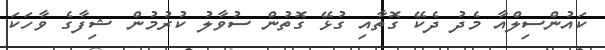
ކައުންސިލްއާ މެދު ދެކޭ ގޮތާއި ގުޅޭ ގޮތުން ސުވާލު ކުރުމުން ޝިފާގެ ވާހަކަ